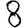
Digit: 8